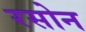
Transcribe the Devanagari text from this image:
रसोन